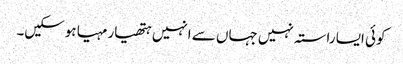
کوئی ایسا راستہ نہیں جہاں سے انہیں ہتھیار مہیا ہوسکیں۔